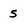
Character: 5